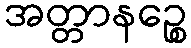
အတ္တာနဉ္စေ